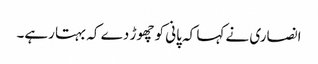
انصاری نے کہا کہ پانی کو چھوڑ دے کہ بہتا رہے۔